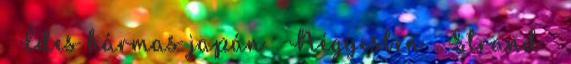
▪ Édes hármas japán ▪ Négyesben ▪ Strand ▪